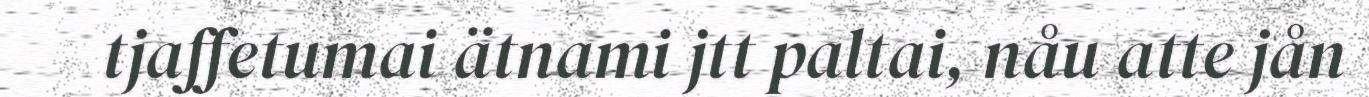
tjaffetumai ätnami jtt paltai, nåu atte jån